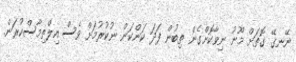
ނޭނގޭ ގޮތަށް މޫނު ނިވާކޮށްގެން ތިބުން ފަދަ ކަންކަން ނުކުރުމަށް ވެސް އިލްތިމާސްކުރަން.